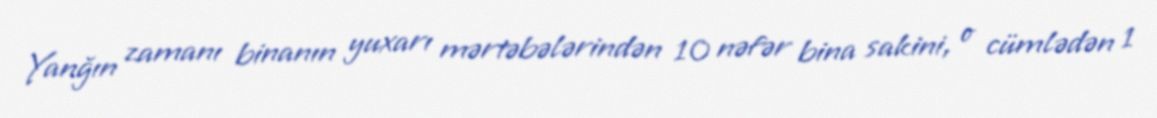
Yanğın zamanı binanın yuxarı mərtəbələrindən 10 nəfər bina sakini, o cümlədən 1